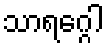
သာရဂ္ဂေါ